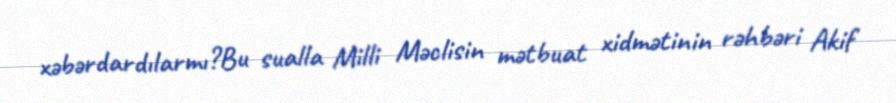
xəbərdardılarmı?Bu sualla Milli Məclisin mətbuat xidmətinin rəhbəri Akif